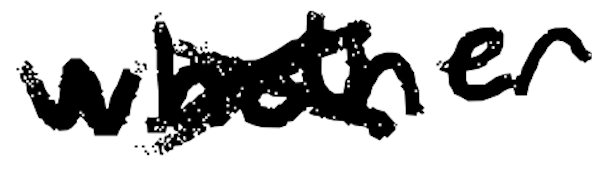
Text: whether
Cross-out: cross
Writing tool: digital_black